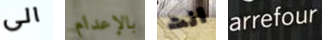
الى بالإعدام انت arrefour